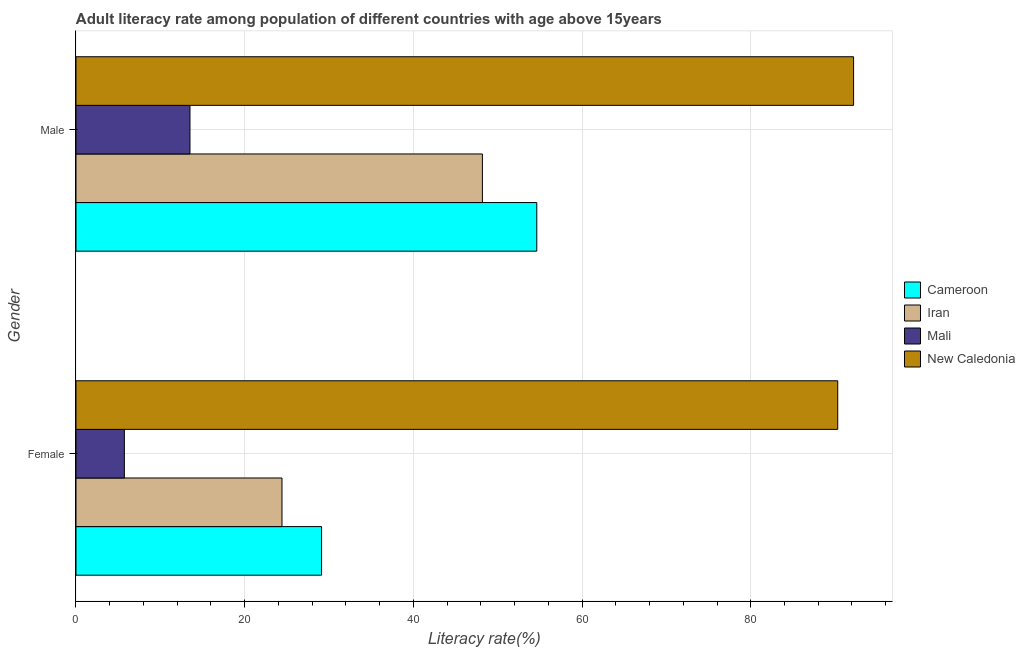
| Gender | Cameroon | Iran | Mali | New Caledonia |
 | --- | --- | --- | --- | --- |
 | Female | 29.1 | 24.4 | 5.74 | 90.3 |
 | Male | 54.6 | 48.2 | 13.5 | 92.2 |